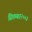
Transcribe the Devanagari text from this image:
सितम्बर२००३